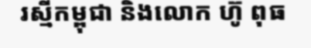
រស្មីកម្ពុជា និងលោក ហ៊ូ ពុធ